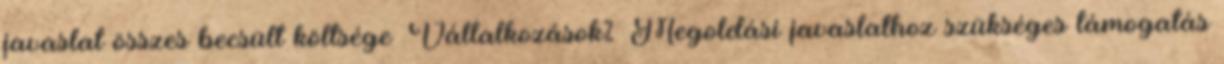
javaslat összes becsült költsége ▪Vállalkozások% ▪Megoldási javaslathoz szükséges támogatás